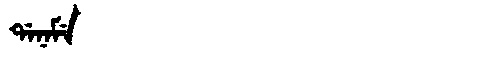
Manchu: ᡩᠠᠨᠠᠮᡝ
Romanization: DANAME